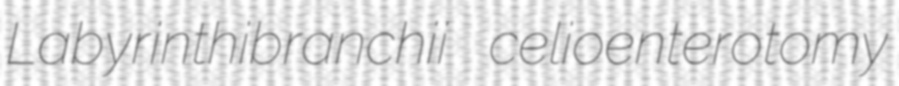
Labyrinthibranchii celioenterotomy